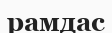
рамдас